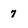
Character: 7